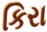
કિરા